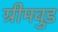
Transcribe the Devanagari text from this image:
ग्रीमवुड